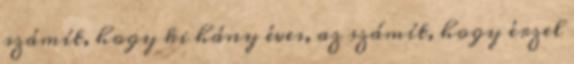
számít, hogy ki hány éves, az számít, hogy érzel